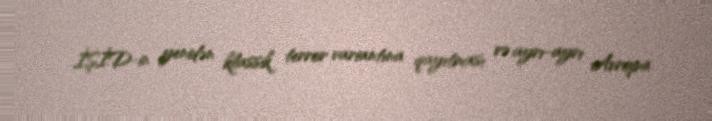
İŞİD-in yenidən klassik terror variantına qayıtması və ayrı-ayrı Avropa